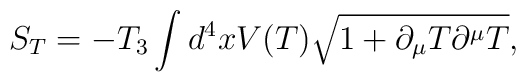
S_{T}=-T_{3}\int d^{4}x V(T)\sqrt{1+\partial_{\mu}T\partial^{\mu}T},